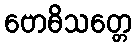
ဗောဓိသတ္တေ